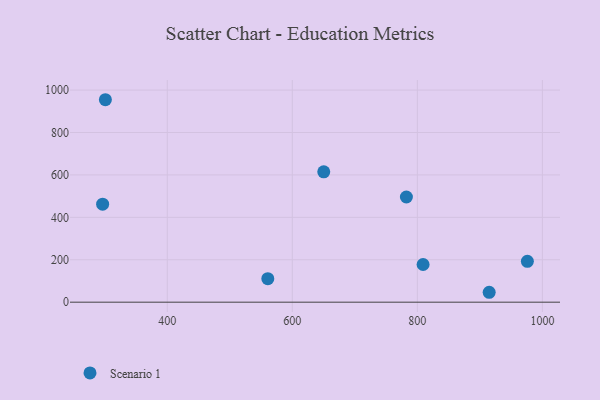
{"axis": {"x": "Study Hours", "y": "Exam Score"}, "legend": ["Scenario 1"], "data": [{"x": "976.0", "y": 192.4, "type": "Scenario 1"}, {"x": "650.3", "y": 614.4, "type": "Scenario 1"}, {"x": "782.5", "y": 495.8, "type": "Scenario 1"}, {"x": "809.2", "y": 177.7, "type": "Scenario 1"}, {"x": "560.8", "y": 111.0, "type": "Scenario 1"}, {"x": "301.0", "y": 954.5, "type": "Scenario 1"}, {"x": "914.9", "y": 46.7, "type": "Scenario 1"}, {"x": "296.6", "y": 462.1, "type": "Scenario 1"}]}